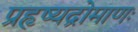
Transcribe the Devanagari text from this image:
प्रहृष्यद्रोमाणः